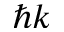
\hbar k